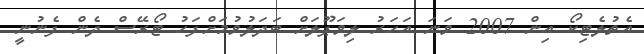
އެތުލެޓިކޯ އިން 2007 ވަނަ އަހަރު ލިވަޕޫލަށް ބަދަލުވުމަށްފަހު ޓޯރޭސް ދެން ފެނުނީ